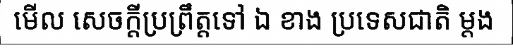
មើល សេចក្តីប្រព្រឹត្តទៅ ឯ ខាង ប្រទេសជាតិ ម្តង